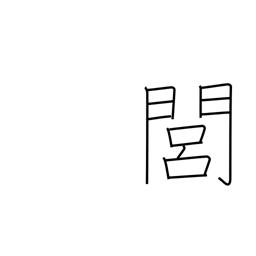
Meaning: rural area